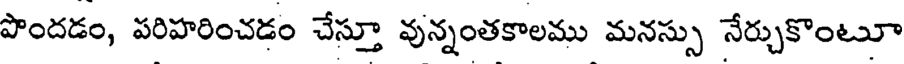
పొందడం, పరిహరించడం చేస్తూ వున్నంతకాలము మనస్సు నేర్చుకొంటూ